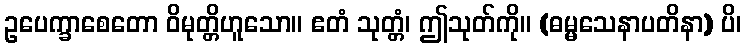
ဥပေက္ခာစေတော ဝိမုတ္တိဟူသော။ ဧတံ သုတ္တံ၊ ဤသုတ်ကို။ (ဓမ္မသေနာပတိနာ) ပိ၊